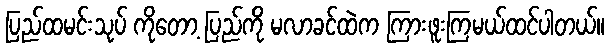
ပြည်ထမင်းသုပ် ကိုတော့ ပြည်ကို မလာခင်ထဲက ကြားဖူးကြမယ်ထင်ပါတယ်။